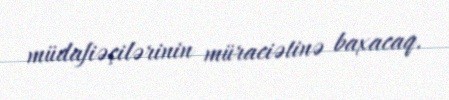
müdafiəçilərinin müraciətinə baxacaq.